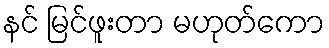
နင် မြင်ဖူးတာ မဟုတ်ကော